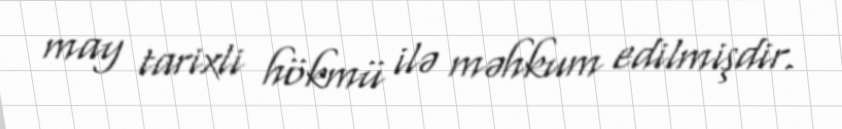
may tarixli hökmü ilə məhkum edilmişdir.